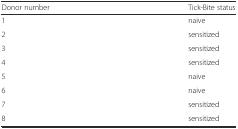
| Donor number | Tick-Bite status |
 | --- | --- |
 | 1 | naive |
 | 2 | sensitized |
 | 3 | sensitized |
 | 4 | sensitized |
 | 5 | naive |
 | 6 | naive |
 | 7 | sensitized |
 | 8 | sensitized |